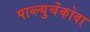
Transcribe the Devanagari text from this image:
पाव्ल्युचेंकोवा